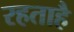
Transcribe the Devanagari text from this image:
रहताहै